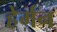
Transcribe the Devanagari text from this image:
हेर्मन